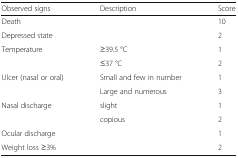
| Observed signs | Description | Score |
 | --- | --- | --- |
 | <COLSPAN=2> Death | 10 |
 | <COLSPAN=2> Depressed state | 2 |
 | <ROWSPAN=2> Temperature | ≥39.5 °C | 1 |
 | ≤37 °C | 2 |
 | <ROWSPAN=2> Ulcer (nasal or oral) | Small and few in number | 1 |
 | Large and numerous | 3 |
 | <ROWSPAN=2> Nasal discharge | slight | 1 |
 | copious | 2 |
 | <COLSPAN=2> Ocular discharge | 1 |
 | <COLSPAN=2> Weight loss ≥3% | 2 |